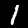
Digit: 1